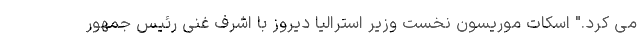
می کرد." اسکات موریسون نخست وزیر استرالیا دیروز با اشرف غنی رئیس جمهور